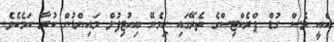
އެއީ ވެސް ގުޑް ޕްރެކްޓިސްގެ ތެރޭގައި ހިމެނޭ ބިއުޓިފުލް މައިންޑުން ކުރާ ކަމެކެވެ.